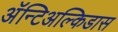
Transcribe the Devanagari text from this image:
अॅन्टिअल्किडास